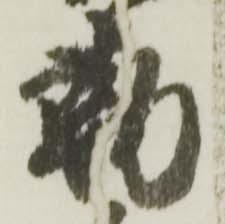
勤